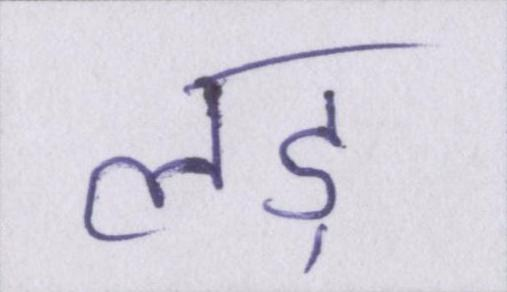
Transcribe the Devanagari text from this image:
लड़